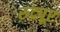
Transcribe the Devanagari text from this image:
रुद्रपूर